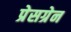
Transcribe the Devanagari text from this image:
प्रेसग्रेन